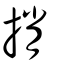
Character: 捎